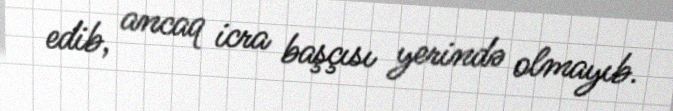
edib, ancaq icra başçısı yerində olmayıb.